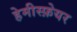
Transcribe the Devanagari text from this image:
हेमीस्फ़ेयर